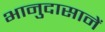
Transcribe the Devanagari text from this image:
भानुदासानें